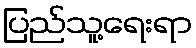
ပြည်သူ့ရေးရာ